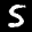
Label: 5